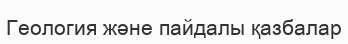
Геология және пайдалы қазбалар